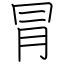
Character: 冐